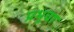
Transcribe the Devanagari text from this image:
प्रभूचा